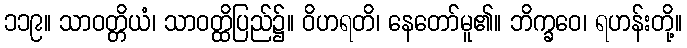
၁၁၉။ သာဝတ္တိယံ၊ သာဝတ္ထိပြည်၌။ ဝိဟရတိ၊ နေတော်မူ၏။ ဘိက္ခဝေ၊ ရဟန်းတို့။